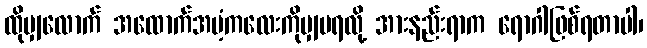
ထိုမျှလောက် အထောက်အပံ့ကလေးကိုမျှမရလို့ အားနည်းရာက ရောဂါဖြစ်ရတာပါ၊